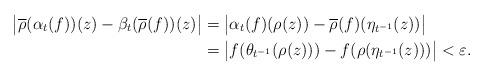
LaTeX: \begin{align*}\big|\overline{\rho}(\alpha_t(f))(z)-\beta_t(\overline{\rho}(f))(z)\big|&=\big|\alpha_t(f)(\rho(z))-\overline{\rho}(f)(\eta_{t^{-1}}(z))\big|\\&=\big|f(\theta_{t^{-1}}(\rho(z)))-f(\rho(\eta_{t^{-1}}(z)))\big|<\varepsilon.\end{align*}